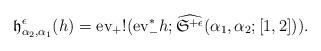
LaTeX: \begin{align*}\frak h^{\epsilon}_{\alpha_2,\alpha_1}(h)={\rm ev}_{+}!({\rm ev}_{-}^* h;\widehat{\frak S^{+ \epsilon}}(\alpha_1,\alpha_2;[1,2])).\end{align*}